Scientific memoirs by medical officers of the Army of India - Part XII,
Year: 1901
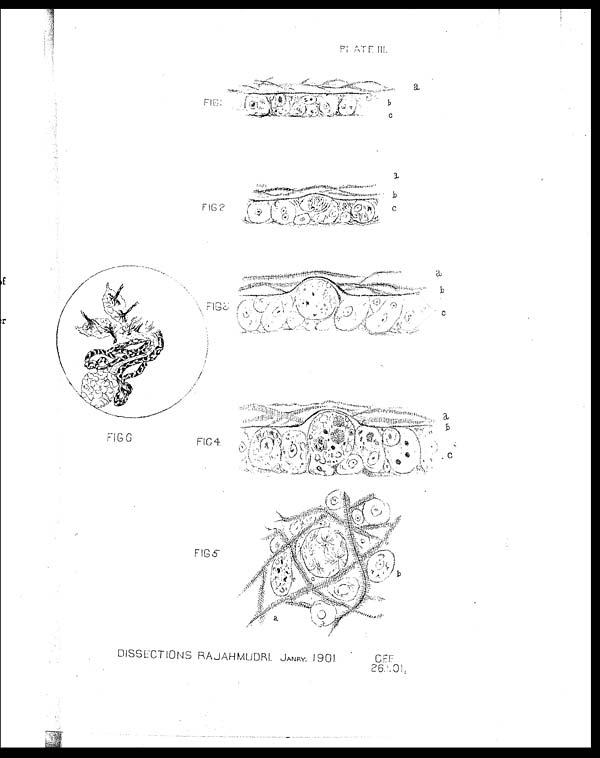
PLATE III.
F I G 1
a b c
FIG 2
a b c
FIG 6
F I G 3
a
b c
FIG 4
a b c
FIG
5
a b
DISSECTIONS RAJAHMUDRI. JANRY. 1901. C.FF
26.1.01.